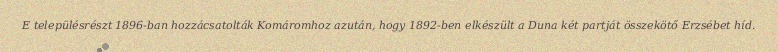
E településrészt 1896-ban hozzácsatolták Komáromhoz azután, hogy 1892-ben elkészült a Duna két partját összekötő Erzsébet híd.